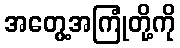
အတွေ့အကြုံတို့ကို